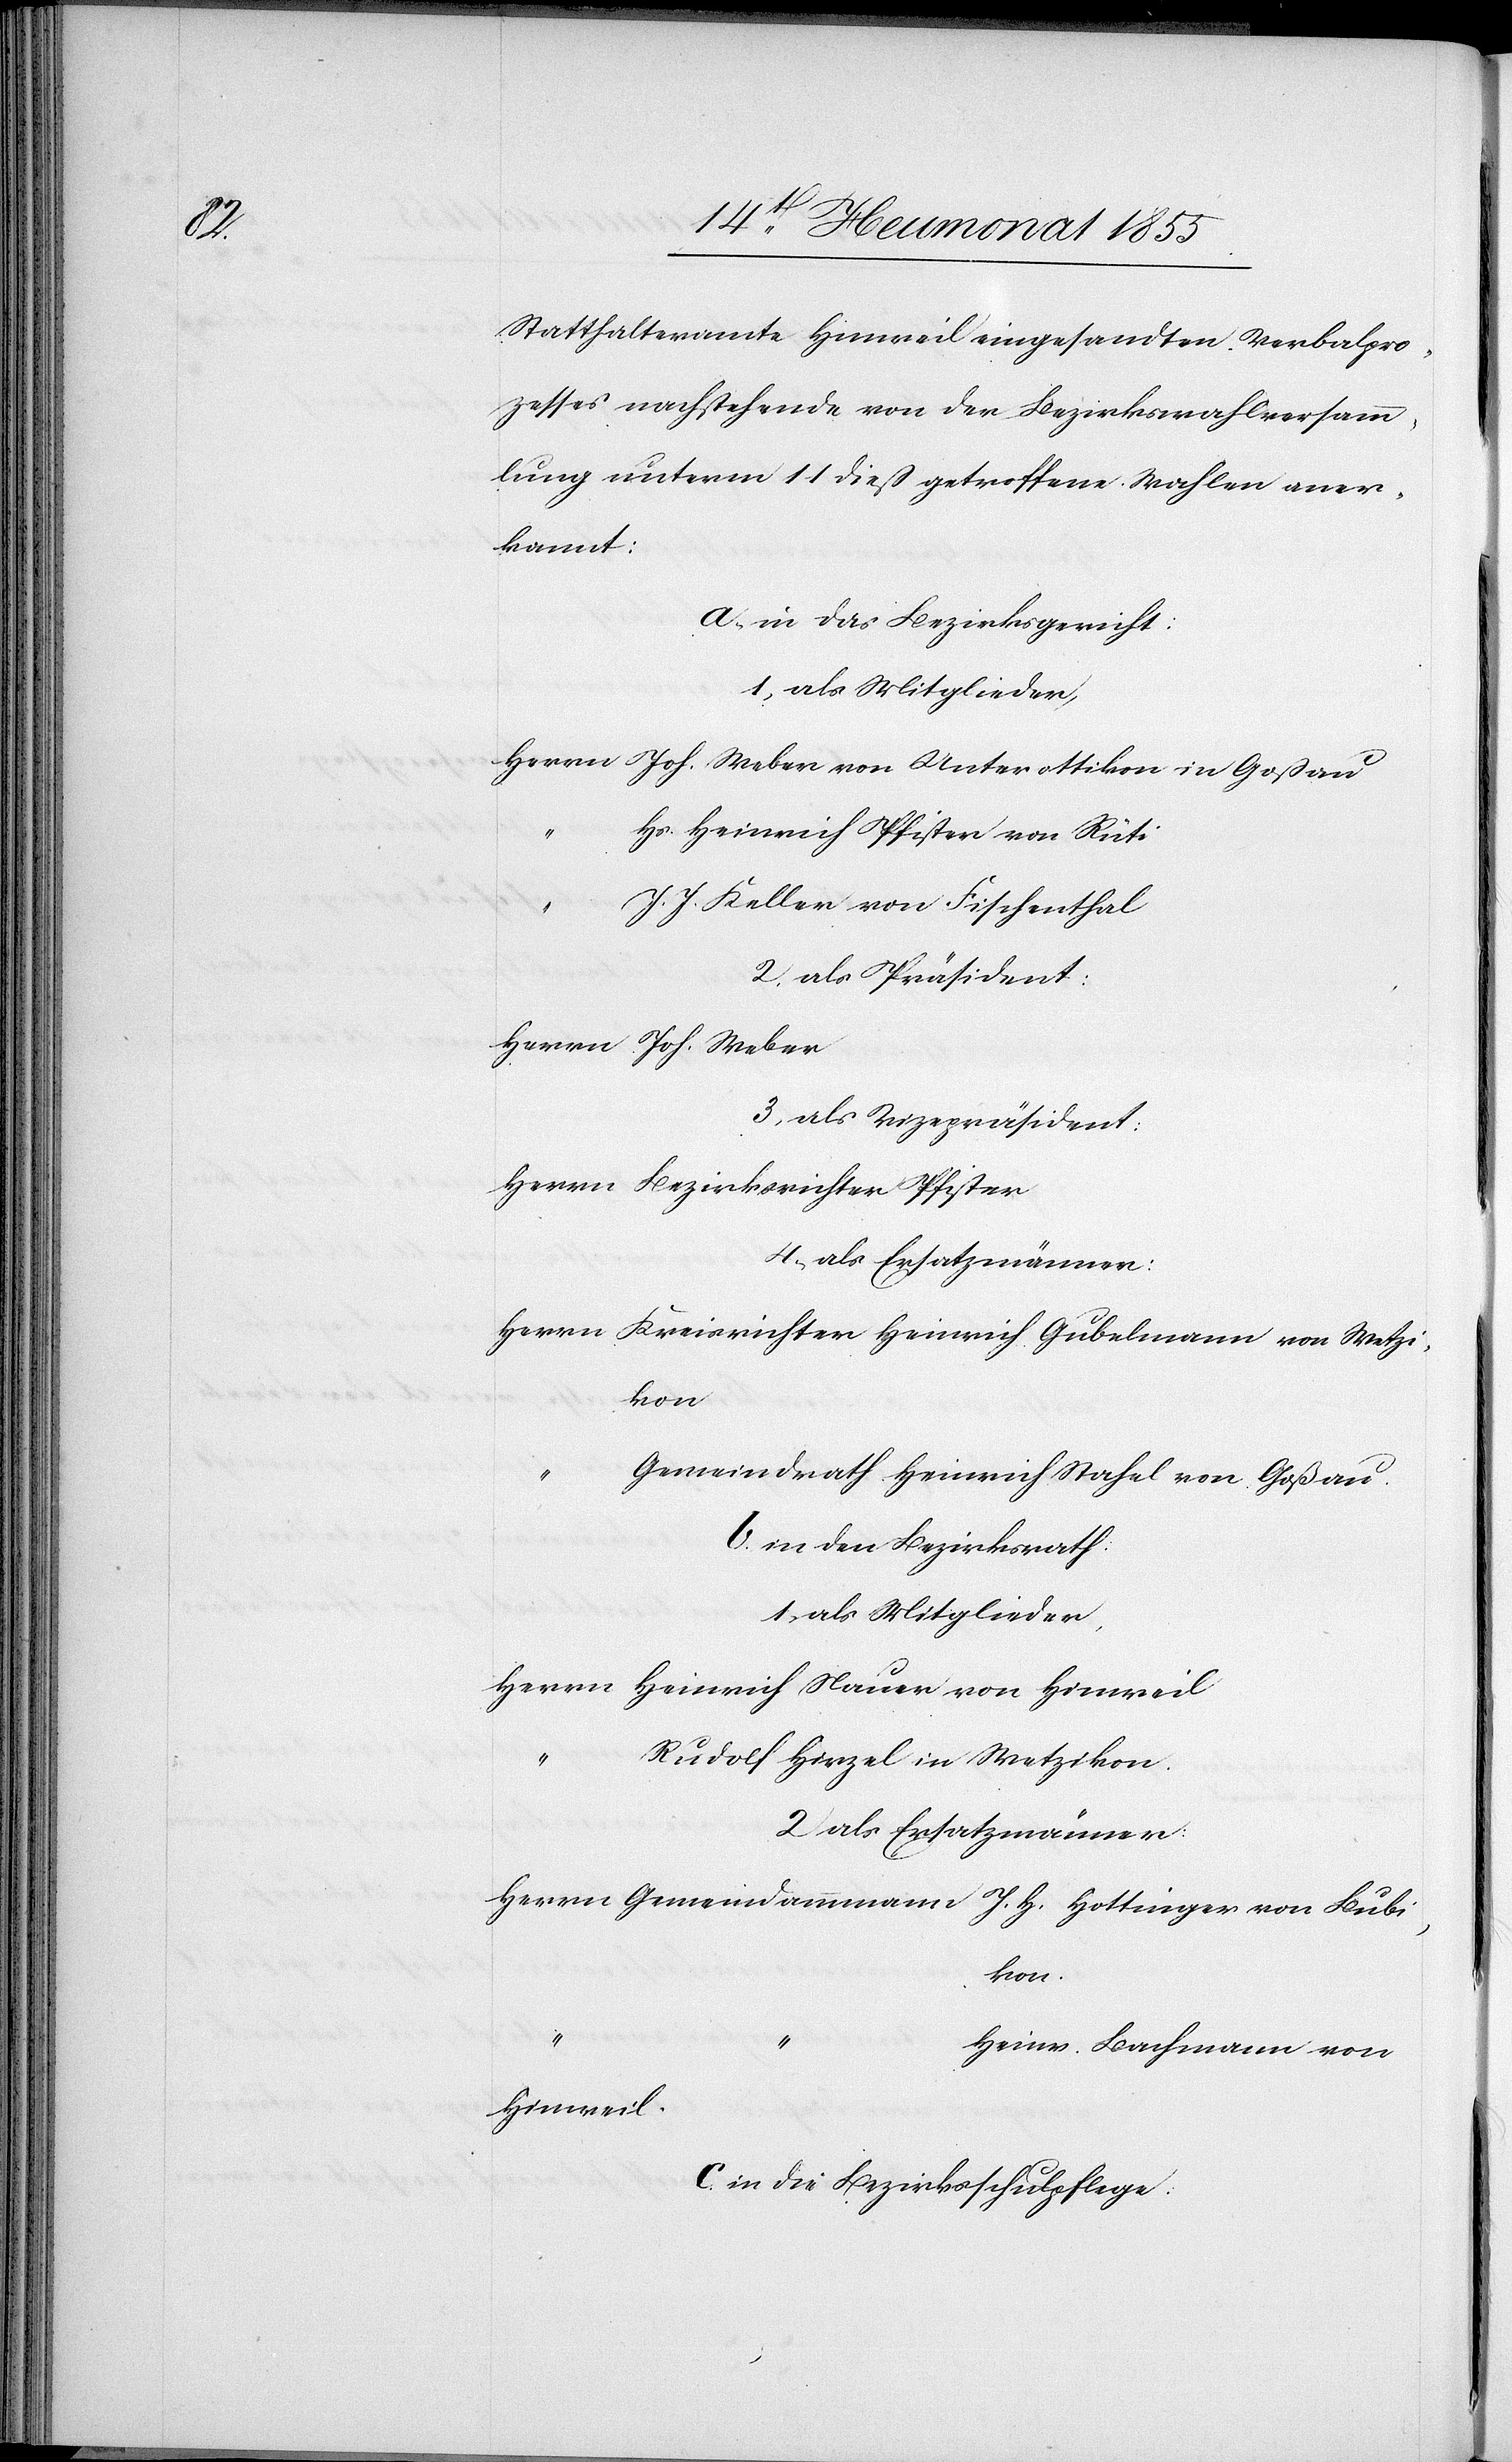
Statthalteramte Hinweil eingesandten Verbalpro¬
zesses nachstehende von der Bezirkswahlversamm¬
lung unterm 11 dieß getroffene Wahlen aner¬
kannt:
a, in das Bezirksgericht:
1, als Mitglieder,
Herrn Joh. Weber von Unterottikon in Goßau
Hs. Heinrich Pfister von Rüti
J. J. Keller von Fischenthal
2. als Präsident:
Herrn Joh. Weber
3, als Vizepräsident:
Herrn Bezirksrichter Pfister
4, als Ersatzmänner:
Herrn Kreisrichter Heinrich Gubelmann von Wetzi¬
kon
Gemeindrath Heinrich Stahel von Goßau.
b. in den Bezirksrath:
1, als Mitglieder,
Herrn Heinrich Nauer von Hinweil
Rudolf Hirzel in Wetzikon.
2 als Ersatzmänner
Herrn Gemeindammann J. H. Hottinger von Bubi¬
kon.
“
Heinr. Bachmann von
Hinweil.
c. in die Bezirksschulpflege: